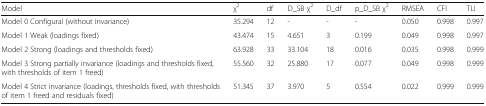
<table><thead><tr><td><b>Model</b></td><td><b>χ<sup>2</sup></b></td><td><b>df</b></td><td><b>D_SB χ<sup>2</sup></b></td><td><b>D_df</b></td><td><b>p_D_SB χ<sup>2</sup></b></td><td><b>RMSEA</b></td><td><b>CFI</b></td><td><b>TLI</b></td></tr></thead><tbody><tr><td>Model 0 Configural (without invariance)</td><td>35.294</td><td>12</td><td>-</td><td>-</td><td>-</td><td>0.050</td><td>0.998</td><td>0.997</td></tr><tr><td>Model 1 Weak (loadings fixed)</td><td>43.474</td><td>15</td><td>4.651</td><td>3</td><td>0.199</td><td>0.049</td><td>0.998</td><td>0.997</td></tr><tr><td>Model 2 Strong (loadings and thresholds fixed)</td><td>63.928</td><td>33</td><td>33.104</td><td>18</td><td>0.016</td><td>0.035</td><td>0.998</td><td>0.999</td></tr><tr><td>Model 3 Strong partially invariance (loadings and thresholds fixed, with thresholds of item 1 freed)</td><td>55.560</td><td>32</td><td>25.880</td><td>17</td><td>0.077</td><td>0.049</td><td>0.998</td><td>0.999</td></tr><tr><td>Model 4 Strict invariance (loadings, thresholds fixed, with thresholds of item 1 freed and residuals fixed)</td><td>51.345</td><td>37</td><td>3.970</td><td>5</td><td>0.554</td><td>0.022</td><td>0.999</td><td>0.999</td></tr></tbody></table>